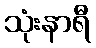
သုံးနာရီ